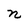
Character: n